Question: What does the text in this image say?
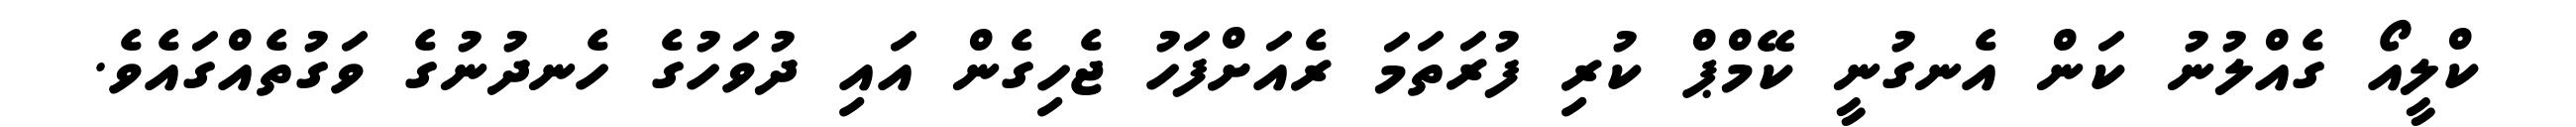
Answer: ކްލީއޯ ގެއްލުނު ކަން އެނގުނީ ކޭމްޕް ކުރި ފުރަތަމަ ރެއަށްފަހު ޖެހިގެން އައި ދުވަހުގެ ހެނދުނުގެ ވަގުތެއްގައެވެ.